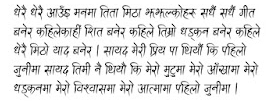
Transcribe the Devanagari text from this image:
धेरै धेरै आउँ मनमा तिता मिठा झल्कोहरु सधैँ सधैँ गीत
बनेर कहिलेकाहीँ शीत बनेर कहिले तिम्रो धड्कन बनेर कहिले
धेरै मिठो याद बनेर । सायद मेरी प्रिय पा थियौँ कि पहिलो
जुनीमा सायद तिमी नै थियौ कि मेरो मुटुमा मेरो आँखामा मेरो
धड्कनमा मेरो विश्वासमा मेरो आत्मामा पहिलो जुनीमा ।